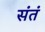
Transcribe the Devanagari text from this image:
संतं